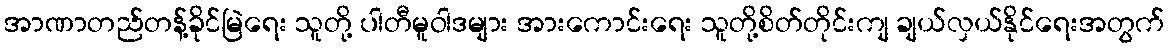
အာဏာတည်တန့်ခိုင်မြဲရေး သူတို့ ပါတီမူဝါဒများ အားကောင်းရေး သူတို့စိတ်တိုင်းကျ ချယ်လှယ်နိုင်ရေးအတွက်